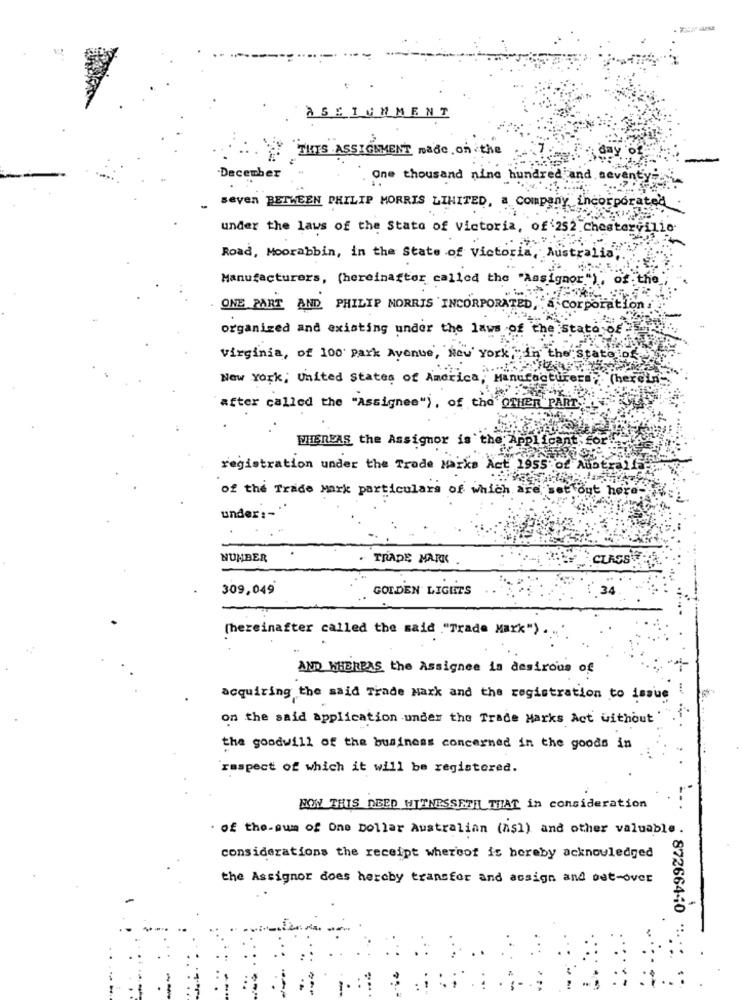
ASSIGNMENT
THIS ASSIGNMENT made on the
December
One thousand nine hundred and seventy.
seven BETWEEN PHILIP MORRIS LIMITED, a Company incorporated
under the laws of the State of Victoria, of '252 Chestervilio.
Road, Moorabbin, in the State of Victoria, Australia,
Manufacturers, (hereinafter called the "Assignor") , of
ONE PART AND PHILIP MORRIS INCORPORATED, . a Corporation
organized and existing under the laws of the stato of
virginia, of 100 park Avenue, New York, in the State of
New York; United States of America, Manufacturers;
Che
after called the "Assignee"), of the OTHER PART,
WHEREAS the Assignor is the Applicant. for
registration under the Trade Marks Act 1955 of Auotra
of the Trade Mark particulars of which
sat out he
under :-**
NUMBER
TRADE MARK
CLASS PA
309,049
GOLDEN LIGHTS
(hereinafter called the said ."Trade Mark").
AND WHEREAS the Assignee is desirous of
acquiring the said Trade Mark and the registration to issue
on the said application under the Trade Marks Act without'
the goodwill of the business concerned in the goods in
raspect of which it will be registered.
NOW THIS DEED HITNESSETH THAT in consideration
. of the-sum of One Dollar Australian (hsl) and other valuable.
considerations the receipt whereof is hereby acknowledged
the Assignor does hereby transfer and acsign and out-over
: 872664-10